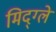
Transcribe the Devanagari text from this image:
मिद्ग्ले